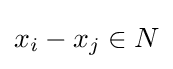
x_{i}-x_{j}\in N